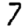
Digit: 7